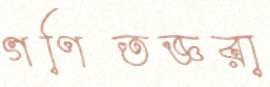
গণিতজ্ঞরা